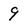
Character: 9